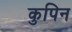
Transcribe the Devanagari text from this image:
कुपिन